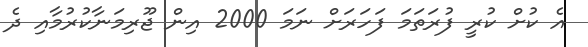
އެ ކުށް ކުރީ ފުރަތަމަ ފަހަރަށް ނަމަ 2000 އިން ޖޫރިމަނާކުރުމާއި ދެ